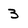
Character: 3